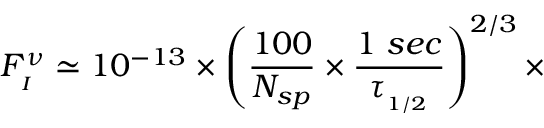
F _ { _ { I } } ^ { \nu } \simeq 1 0 ^ { - 1 3 } \times \left( \frac { 1 0 0 } { N _ { s p } } \times \frac { 1 \; s e c } { \tau _ { _ { 1 / 2 } } } \right) ^ { 2 / 3 } \times